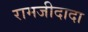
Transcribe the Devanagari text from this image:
रामजीदादा